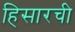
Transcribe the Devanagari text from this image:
हिसारची